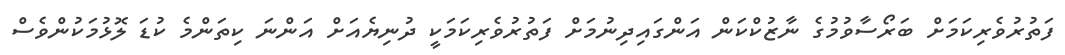
ފަތުރުވެރިކަމަށް ބަރޯސާވުމުގެ ނާޒުކްކަން އަންގައިދިނުމަށް ފަތުރުވެރިކަމަކީ ދުނިޔެއަށް އަންނަ ކިތަންމެ ކުޑަ ލޮޅުމަކުންވެސް